Annual statistical returns and brief notes on vaccination in Bengal - 1896-1909
Year: 1896
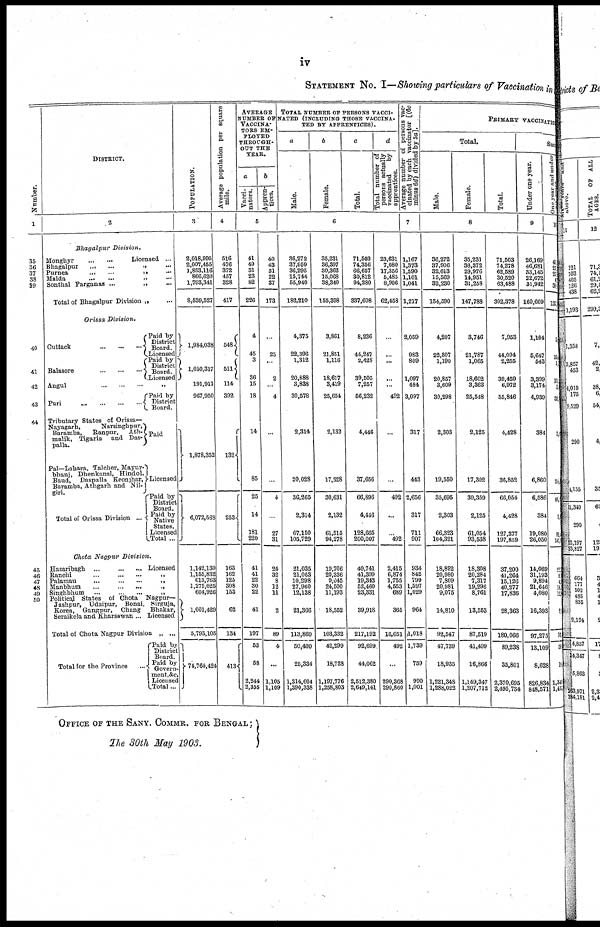
iv
STATEMENT NO. I—Showing particulars of Vaccination in
Number
1
35
36 37 38
39
40
41
42
43
44
45
46 47
48
49
50
DISTRICT.
2
Bhagalpur
Division.
Monghyr... ... ...
Licensed ...
Bhagalpur... ... ...
Purnea... ... ... ...
Malda... ... ... ...
Sonthal
Parganas...
...
Total of Bhagalpur Division „ ...
Orissa
Division.
Cuttack...
...
...
Balasore...
...
Paid by
District
Board.
Licensed
Paid by
District
Board.
Licensed
Angul...
...
...
Puri
Tributary States of Orissa—
Nayagarh,
Narsinghpur,
Baramba,
Ranpur, Ath-
malik, Tigaria
and Das-
palla.
Pal—Lahara, Talcher, Mayur-
bhanj, Dhenkanal, Hindol,
Baud,
Daspalla Keonjhar,
Baramba, Athgarh and Nil-
giri.
Total of Orissa
Division...
Paid by
District
Board.
Paid
Licensed
Paid by
District
Board.
Paid by
Native
States
Licensed
Total ...
Chota Nagpur
Division.
Hazaribagh...
...
...
... Licensed
Ranchi...
...
...
...
Palamau...
...
...
...
...
Manbhum...
...
...
...
Singhbhum...
...
...
...
...
Political States
of Chota
Jashpur, Udaipur,
Bonai,
Korea,
Gangpur,
Chang
Seraikela and Kharsawan...
Nagpur—
Sirguja,
Bhakar,
Licensed
Total of Chota Nagpur Division „ ...
Total for the Province...
Paid by
District
Board.
Paid by
Govern
ment,&c
Licensed
Total...
POPULATION.
3
2,018,995
2,007,455
1,853,116
866,620
1,793,341
8,539,527
1,984,038
1,050,317
191,911
967,950
1,878,352
6,072,568
1,142,130
1,155,832
613,763
1,275,025
604,926
1,001,429
5,793,105
74,764,424
Average population per square
mile.
4
516
476
372
457
328
417
548
511
114
392
132
253
163
162
125
308
153
62
134
413
AVERAGE
NUMBER OF
VACCINA-
---- EM-
PLOYED
THROUGH-
OUT THE
YEAR.
a
Vacci-
nators.
b
Appren-
tices.
5
41
49
31
23
82
226
4
45
3
36
15
18
14
85
25
14
181
220
41
41
22
30
22
41
197
53
58
2,244
2,355
40
43
31
22
37
173
...
25
...
2
...
4
...
...
4
...
27
31
24
32
8
12
11
2
89
4
...
1,105
1,109
TOTAL NUMBER OF PERSONS VACCI-
NATED (INCLUDING THOSE VACCINA-
TED BY APPRENTICES).
a
Male.
b
Female.
c
Total.
d
Total number of
persons actually
vaccinated
by
apprentices.
6
36,272
37,959
36,295
15,744
55,940
182,210
4,375
22,396
1,312
20,888
3,838
30,578
2,314
20,028
36,265
2,314
67,150
105,729
21,035
21,068
10,298 27,960 12,138 21,366
113,860
50,400
25,334
1,314,604
1,390,338
35,231
36,397
30,362
15,068
38,340
155,398
3,861
21,851
1,116
18,617
3,419
25,654
2,132
17,828
30,631
2,132
61,515
94,278
19,706
20,336
9,045
24,500
11,193
18,552
103,332
42,299
18,728
1,197,776
1,258,803
71,503
74,356
66,657
30,812
94,280
337,608
8,236
44,247
2,428
39,505
7,257
56,232
4,446
37,656
66,896
4,446
128,665
200,007
40,741
41,399
19,343
52,460
23,331
39,918
217,192
92,699
44,062
2,512,380
2,649,141
23,631
7,080
17,356
5,485
8,906
62,458
...
... ...
...
...
492
...
...
492
...
... 492
2,415
6,874
1,755
4,553
689
365
16,651
492
...
290,368
290,860
Average number of persons vac-
cinated by each vaccinator [(6c
minus 6d) divided by 5a].
7
1,167
1,373
1,590
1,101
1,041
1,217
2,059
983
809
1,097
484
3,097
317
443
2,656
317
711
907
934
842
799
1,597
1,029
964
1,018
1,739
759
990
1,001
PRIMARY VACCINATO
Total.
Male.
Female.
Total.
8
36,272
37,906
32,613
15,569
32,230
154,590
4,207
22,307
1,190
20,857
3,609
30,298
2,303
19,550
35,695
2,303
66,323
104,321
18,892
20,980
7,809
20,981
9,075
14,810
92,547
47,739
18,935
1,221,348
1,288,022
35,231
36,372
29,976 14,951
31,258
147,788
3,746
21,787
1,065
18,602
3,363
25,548
2,125
17,302
30,359
2,125
61,054
93,538
18,308
20,284
7,317
19,296
8,761
13,553
87,519
41,499
16,866
1,149,347
1,207,712
71,503
74,278
62,589 30,520
63,488
302,378
7,953
44,094
2,255
39,459
6,972
55,846
4,428
36,852
66,054
4,428
127,377
197,859
37,200
41,264
15,126
40,277
17,836
28,363
180,066
89,238
35,801
2,370,695
2,495,734
Suc
Under one year.
9
26,169
46,681 33,145
22,672
31,942
160,609
1,104
5,647
543
3,399
3,174
4,939
384
6,860
6,586
384
19,080
26,050
14,069
31,193
9,894
21,646
4,080
16,393
97,275
13,109
8,628
826,834
848,571
One year and under
1
41
27
4
137
5
33
l,
31
3
39
3
24
46
3
92
142
22
8
4 18
12
0
76
5
1
1, 34
1,41
OFFICE OF THE SANY. COMMR. FOR BENGAL;
The 30th May 1903.